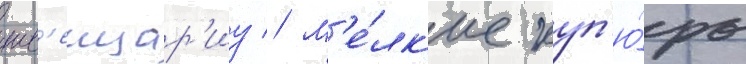
шв'еицар'иу // М'е́лк'ие куп'ю́ры